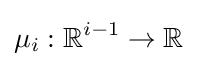
\mu _{i}:\mathbb {R} ^{i-1}\to \mathbb {R}